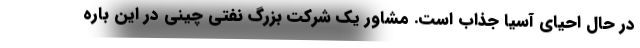
در حال احیای آسیا جذاب است. مشاور یک شرکت بزرگ نفتی چینی در این باره